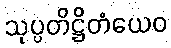
သုပ္ပတိဋ္ဌိတံယေဝ